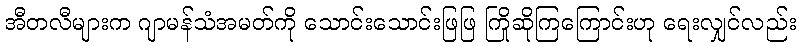
အီတလီများက ဂျာမန်သံအမတ်ကို သောင်းသောင်းဖြဖြ ကြိုဆိုကြကြောင်းဟု ရေးလျှင်လည်း